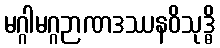
မဂ္ဂါမဂ္ဂဉာဏဒဿနဝိသုဒ္ဓိ